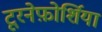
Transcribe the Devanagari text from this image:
टूरनेफ़ोर्शिया